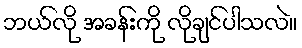
ဘယ်လို အခန်းကို လိုချင်ပါသလဲ။